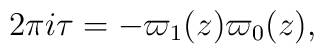
2\pi i \tau = -{\varpi_1(z)\/\varpi_0(z)},